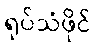
ရုပ်သံဖိုင်